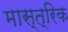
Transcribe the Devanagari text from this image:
मास्त्रिक